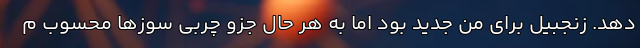
دهد. زنجبیل برای من جدید بود اما به هر حال جزو چربی سوزها محسوب م